Report on inoculation in the plague infected areas of the Punjab and its dependencies from October 1900 to September 1901
Year: 1900
Disease focus: Plague
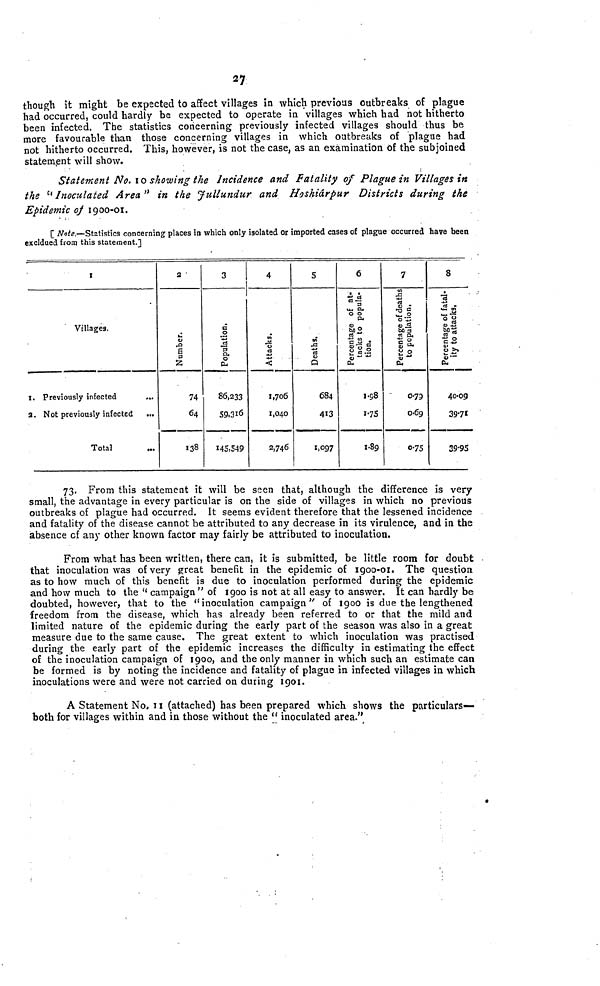
27
though it might be expected to affect villages in which previous outbreaks of plague
had occurred, could hardly be expected to operate in villages which had not hitherto
been infected. The statistics concerning previously infected villages should thus be
more favourable than those concerning villages in which outbreaks of plague had
not hitherto occurred. This, however, is not the case, as an examination of the subjoined
statement will show.
Statement No. 10 showing the Incidence and fatality of Plague in Villages in
the "Inoculated Area" in the Jullundur and Hoshiárpur Districts during the
Epidemic of 1900-01.
[ Note.—Statistics concerning places in which only isolated or imported cases of plague occurred have been
Excldued from this statement.]
1
Villages.
1. Previously infected
***
2. Not previously infected ***
Total ***
2
Number.
74
64
138
3
Population.
86,233
59,316
145,549
4
Attacks.
1,706
1,040
2,746
5
Deaths.
684
413
1,097
6
Percentage of at-
tacks to popula-
tion.
1 98
1 75
1 89
7
Percentage of deaths
to population.
0 79
0 69
0 75
8
Percentage of fatal-
ity to attacks.
40 09
39 71
39 95
73. From this statement it will be seen that, although the difference is very
small, the advantage in every particular is on the side of villages in which no previous
outbreaks of plague had occurred. It seems evident therefore that the lessened incidence
and fatality of the disease cannot be attributed to any decrease in its virulence, and in the
absence of any other known factor may fairly be attributed to inoculation.
From what has been written, there can, it is submitted, be little room for doubt
that inoculation was of very great benefit in the epidemic of 1900-01. The question
as to how much of this benefit is due to inoculation performed during the epidemic
and how much to the "campaign " of 1900 is not at all easy to answer. It can hardly be
doubted, however, that to the "inoculation campaign" of 1900 is due the lengthened
freedom from the disease, which has already been referred to or that the mild and
limited nature of the epidemic during the early part of the season was also in a great
measure due to the same cause. The great extent to which inoculation was practised
during the early part of the epidemic increases the difficulty in estimating the effect
of the inoculation campaign of 1900, and the only manner in which such an estimate can
be formed is by noting the incidence and fatality of plague in infected villages in which
inoculations were and were not carried on during 1901.
A Statement No, 11 (attached) has been prepared which shows the particulars-—
both for villages within and in those without the "inoculated area."